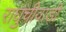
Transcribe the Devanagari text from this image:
राघुचीवाडी